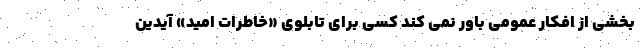
بخشی از افکار عمومی باور نمی کند کسی برای تابلوی «خاطرات امید» آیدین